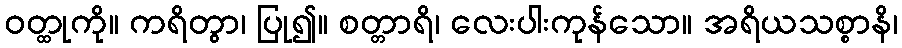
ဝတ္ထုကို။ ကရိတွာ၊ ပြု၍။ စတ္တာရိ၊ လေးပါးကုန်သော။ အရိယသစ္စာနိ၊